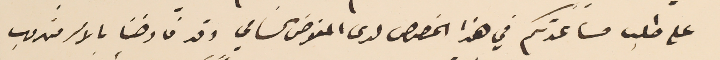
على طلب مساعدتكم في هذا الخصوص لدى المفوض السامي وقد فاوضنا بالامر مندوب